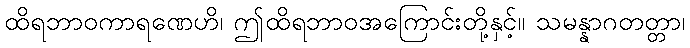
ထိရဘာဝကာရဏေဟိ၊ ဤထိရဘာဝအကြောင်းတို့နှင့်။ သမန္နာဂတတ္တာ၊